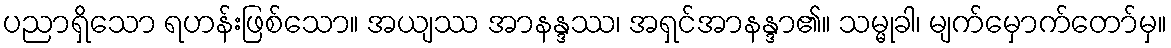
ပညာရှိသော ရဟန်းဖြစ်သော။ အယျဿ အာနန္ဒဿ၊ အရှင်အာနန္ဒာ၏။ သမ္မုခါ၊ မျက်မှောက်တော်မှ။